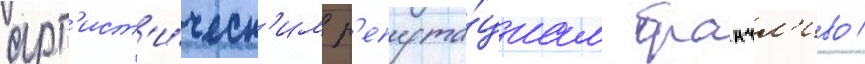
арт'ист'и́ческ'им р'епута́циам бранчл'иво /